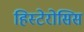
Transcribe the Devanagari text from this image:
हिस्टेरोसिस